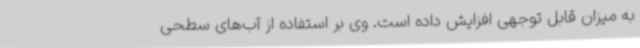
به میزان قابل توجهی افزایش داده است. وی بر استفاده از آب‌های سطحی